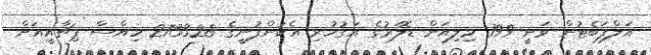
އަލްފަބެޓުން ވަނީ 199 މިލިއަން ޑޮލަރުގެ އަގުހުރި އެކުންފުނީގެ 273328 ހިއްސާ ޕިޗާއީއަށް